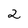
Character: 2